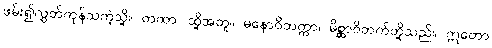
ဖမ်း၍လွှတ်ကုန်သကဲ့သို့။ တထာ၊ ထို့အတူ။ မနောဝိတက္ကာ၊ မိစ္ဆာဝိတက်တို့သည်။ ဣတော